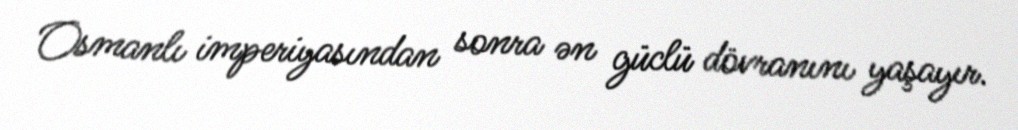
Osmanlı imperiyasından sonra ən güclü dövranını yaşayır.